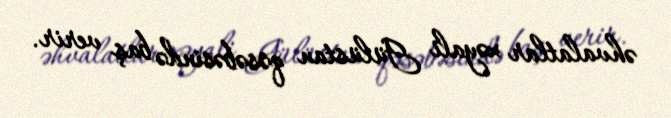
əhvalatlar xəyali Gülüstan qəsəbəsində baş verir.